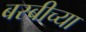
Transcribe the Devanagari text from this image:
बस्बीच्या